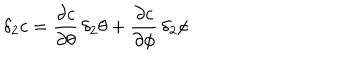
\delta _ { 2 } c = \frac { \partial c } { \partial \theta } \, \delta _ { 2 } \theta + \frac { \partial c } { \partial \phi } \, \delta _ { 2 } \phi